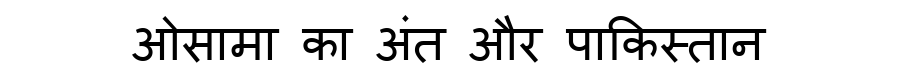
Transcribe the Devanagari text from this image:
ओसामा का अंत और पाकिस्तान